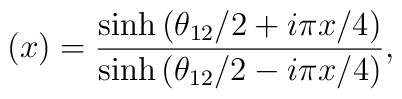
(x)=\frac{\sinh\left(\theta_{12}/2 +i\pi x/4\right)}{\sinh\left(\theta_{12}/2 - i\pi x/4\right)}, \nonumber